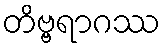
တိဗ္ဗရာဂဿ